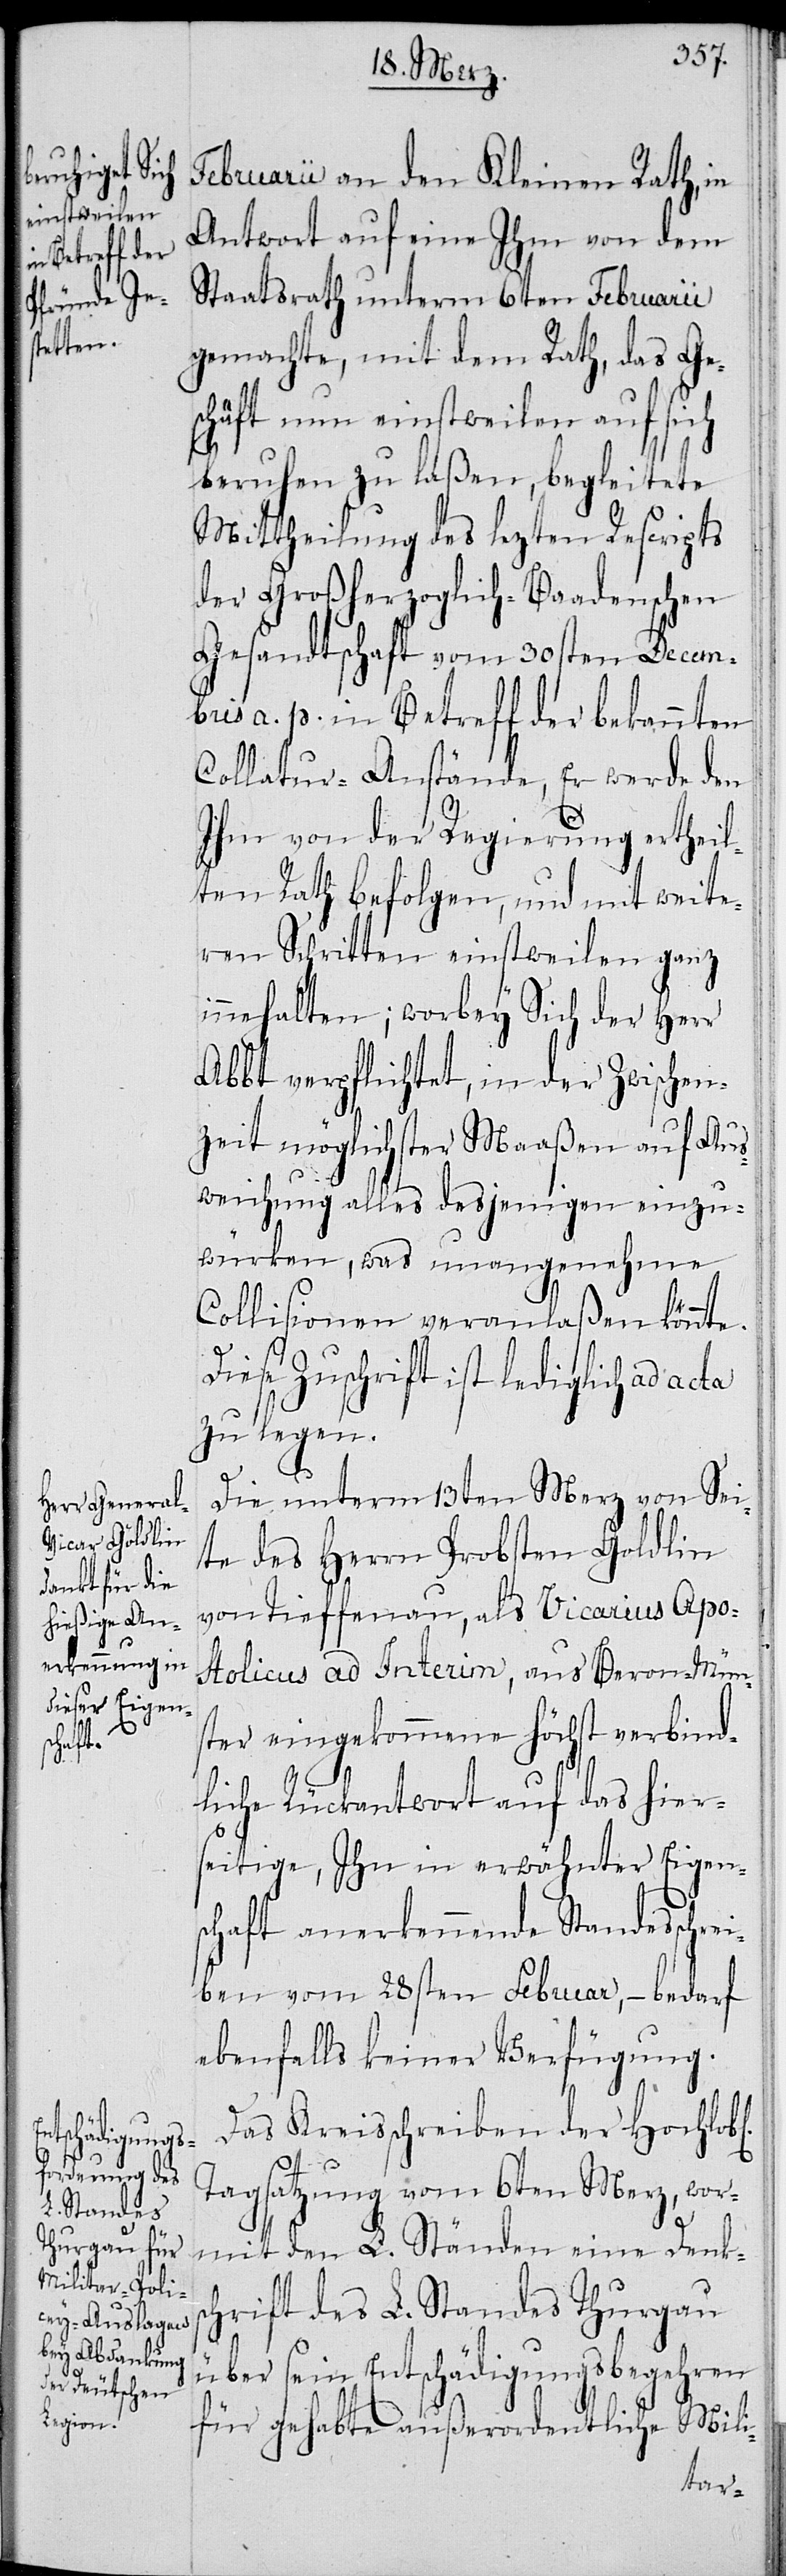
l[ichen]

Februarii an den Kleinen Rath, in
Antwort auf eine Ihm vom
Staatsrath unterm 6ten Februarii
gemachte, mit dem Rath, das Ge¬
schäft nun einstweilen auf sich
beruhen zu laßen, begleitete
Mittheilung des lezten Rescripts
der Großherzoglich-Baadenschen
Gesandtschaft, vom 30sten Decemb¬
ris a. p. in Betreff der bekannten
Collatur-Anstände, Er werde den
Ihm von der Regierung ertheil¬
ten Rath befolgen, und mit weite¬
ren Schritten einstweilen ganz
innehalten; worbey Sich der Herr
Abbt verpflichtet, in der Zwischen¬
zeit möglichster Maaßen auf Aus¬
weichung alles desjenigen einzu¬
würken, was unangenehme
Collisionen veranlaßen könnte.
Diese Zuschrift ist lediglich ad acta
zu legen.
Die unterm 13ten Merz von Sei¬
ten des Herrn Probsten Göldlin
von Tieffenau, als Vicarius Apo¬
stolicus ad Interim, aus Beron-Müns¬
ter eingekommene höchst verbind¬
liche Rückantwort auf das hiers¬
eitige, Ihn in erwähnter Eigen¬
schaft anerkennende Standesschre¬
iben vom 28sten Februar, – bedarf
ebenfalls keiner Verfügung.
Das Kreisschreiben der Hochlob¬
Tagsatzung vom 6ten Merz, wor¬
mit den L. Ständen eine Danks¬
chrift des L. Standes Thurgau
über sein Entschädigungsbegehren
für gehabte außerordentliche Mili-